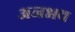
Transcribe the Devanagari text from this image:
अनभव